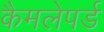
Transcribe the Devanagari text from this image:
कैमलेपर्ड